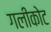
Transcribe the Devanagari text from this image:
गलीकोट